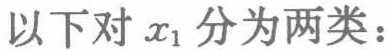
以下对 \(x_1\) 分为两类：